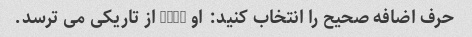
حرف اضافه صحیح را انتخاب کنید: او ____ از تاریکی می ترسد.